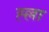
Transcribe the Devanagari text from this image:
ह्ल्ला